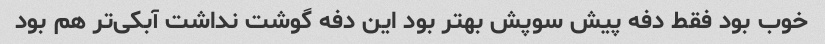
خوب بود فقط دفه پیش سوپش بهتر بود این دفه گوشت نداشت آبکی‌تر هم بود